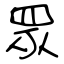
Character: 眾